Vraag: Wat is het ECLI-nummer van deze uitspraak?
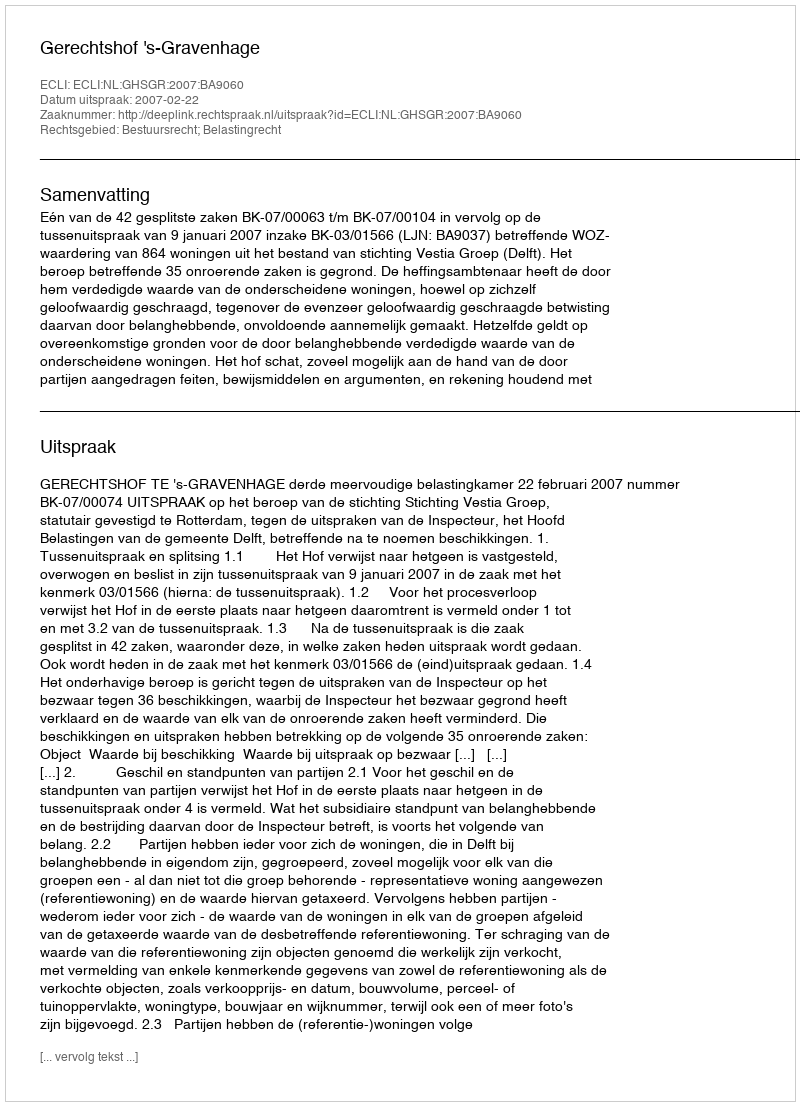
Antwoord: ECLI:NL:GHSGR:2007:BA9060